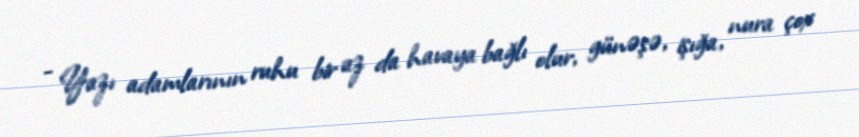
- Yazı adamlarının ruhu bir az da havaya bağlı olur, günəşə, işığa, nura çox